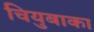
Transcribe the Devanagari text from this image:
चियुबाका